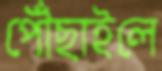
পৌঁছাইলে